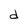
Character: d